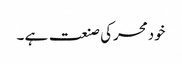
خودمحرکی صنعت ہے ۔